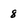
Character: 8